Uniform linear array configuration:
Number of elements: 64
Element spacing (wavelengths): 0.25
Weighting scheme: uniform
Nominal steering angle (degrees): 0
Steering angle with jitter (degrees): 0.4949
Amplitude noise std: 0.05
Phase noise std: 0.05

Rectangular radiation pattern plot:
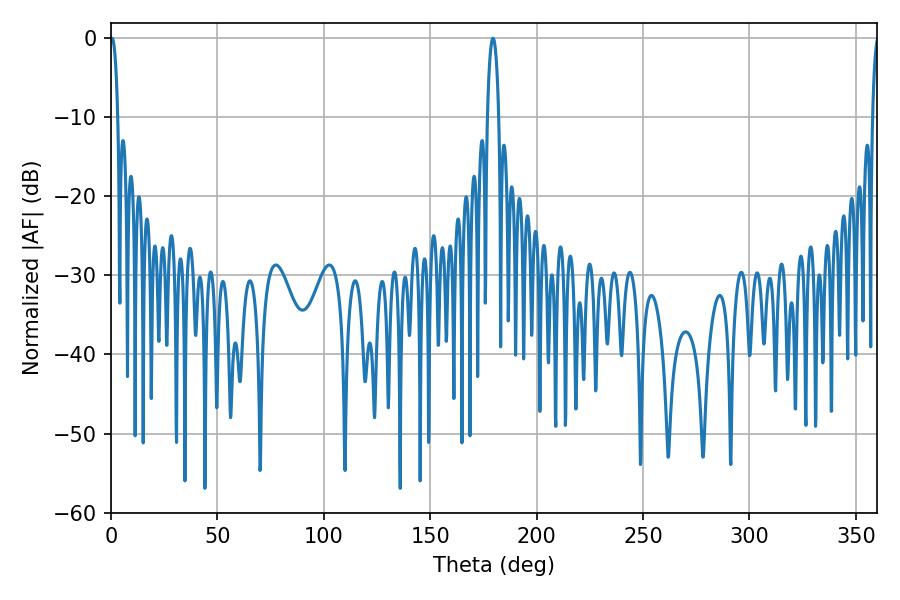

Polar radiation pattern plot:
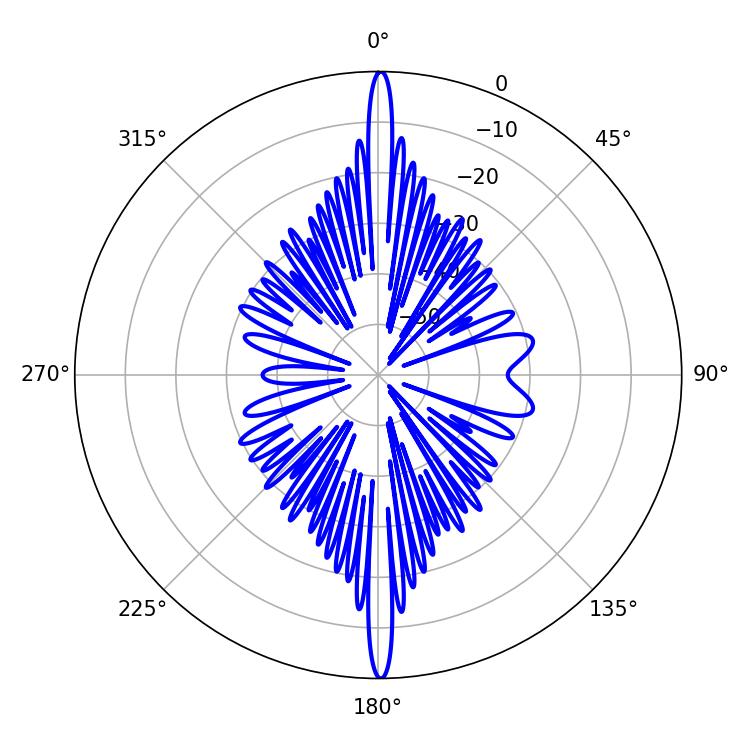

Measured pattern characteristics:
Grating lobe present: FALSE
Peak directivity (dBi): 31.358
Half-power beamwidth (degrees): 1.98
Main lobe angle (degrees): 0.54